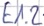
Text: E1.2